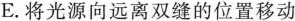
E. 将光源向远离双缝的位置移动